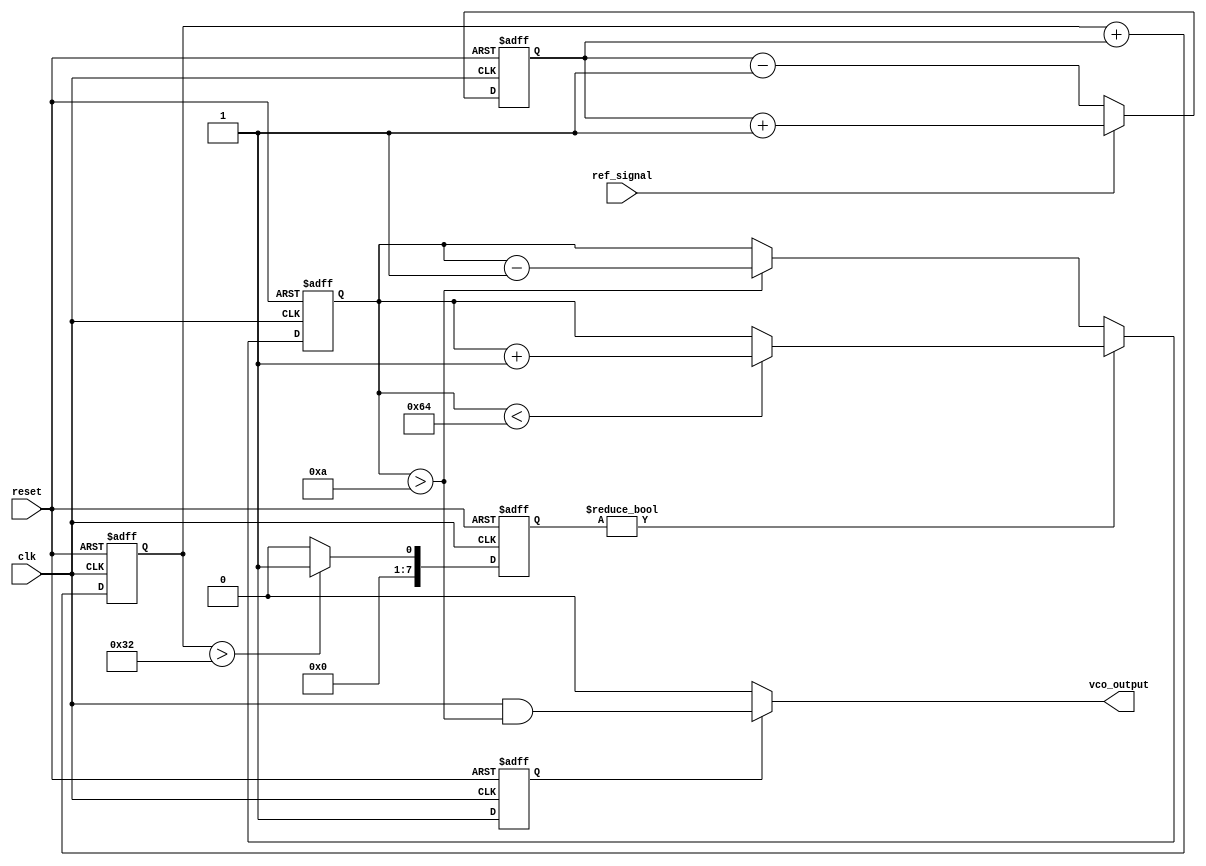
module sigma_delta_pll (
    input wire clk,            // System clock
    input wire reset,          // Reset signal
    input wire ref_signal,     // Reference signal input
    output wire vco_output     // VCO output signal
);

    // Parameters
    parameter N = 8;           // Bit width for the sigma-delta modulator
    parameter VCO_MAX_FREQ = 100; // Maximum frequency of VCO
    parameter VCO_MIN_FREQ = 10;  // Minimum frequency of VCO

    // Internal signals
    reg [N-1:0] phase_error;   // Phase error signal
    reg [N-1:0] control_voltage; // Control voltage for VCO
    reg [N-1:0] sigma_delta_out; // Output of sigma-delta modulator
    reg vco_enable;            // VCO enable signal
    reg [N-1:0] vco_freq;      // VCO frequency control

    // Phase Detector (PD)
    always @(posedge clk or posedge reset) begin
        if (reset) begin
            phase_error <= 0;
        end else begin
            // Simple phase comparison (for demonstration)
            if (ref_signal) begin
                phase_error <= phase_error + 1; // Increment phase error
            end else begin
                phase_error <= phase_error - 1; // Decrement phase error
            end
        end
    end

    // Loop Filter (simple integrator)
    always @(posedge clk or posedge reset) begin
        if (reset) begin
            control_voltage <= 0;
        end else begin
            control_voltage <= control_voltage + phase_error; // Integrate phase error
        end
    end

    // Sigma-Delta Modulator
    always @(posedge clk or posedge reset) begin
        if (reset) begin
            sigma_delta_out <= 0;
        end else begin
            // Simple 1-bit quantizer
            if (control_voltage > (VCO_MAX_FREQ / 2)) begin
                sigma_delta_out <= 1; // Output high
            end else begin
                sigma_delta_out <= 0; // Output low
            end
        end
    end

    // Voltage-Controlled Oscillator (VCO)
    always @(posedge clk or posedge reset) begin
        if (reset) begin
            vco_freq <= VCO_MIN_FREQ; // Initialize VCO frequency
            vco_enable <= 0;
        end else begin
            // Adjust VCO frequency based on sigma-delta output
            if (sigma_delta_out) begin
                if (vco_freq < VCO_MAX_FREQ) begin
                    vco_freq <= vco_freq + 1; // Increase frequency
                end
            end else begin
                if (vco_freq > VCO_MIN_FREQ) begin
                    vco_freq <= vco_freq - 1; // Decrease frequency
                end
            end
            vco_enable <= 1; // Enable VCO
        end
    end

    // Generate VCO output (for demonstration purposes)
    assign vco_output = (vco_enable) ? (clk & (vco_freq > VCO_MIN_FREQ)) : 0;

endmodule